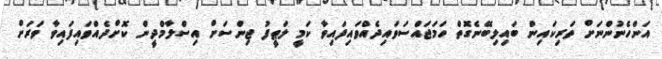
އަންހެނުންނަށް ތަރިކައިން ބައިލިބޭނެގޮތް ހަމަޖައްސަވައިދެއްވައިފައިވާ ކަމީ ލަޠީފު ޖިންސަށް އިސްލާމްދީން ކޮށްދެއްވައިފައިވާ ވަރަށް